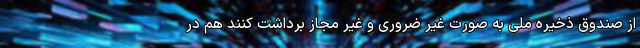
از صندوق ذخیره ملی به صورت غیر ضروری و غیر مجاز برداشت کنند هم در